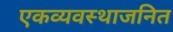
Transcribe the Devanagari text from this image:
एकव्यवस्थाजनित